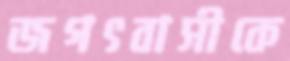
জগৎবাসীকে